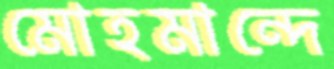
মোহমান্দে